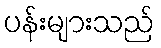
ပန်းများသည်